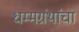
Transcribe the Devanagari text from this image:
धम्मग्रंथांचा